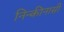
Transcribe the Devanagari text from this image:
निन्कीनासी